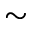
\sim